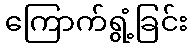
ကြောက်ရွံ့ခြင်း